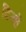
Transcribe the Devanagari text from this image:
दिन्हें